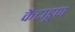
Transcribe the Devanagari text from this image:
कैटाडूपा